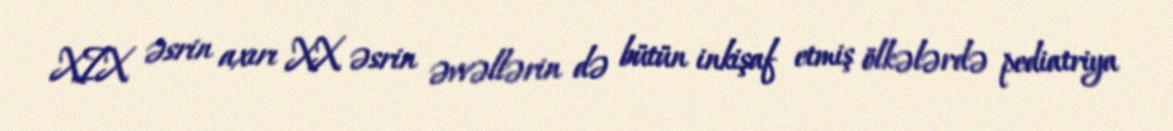
XIX əsrin axırı XX əsrin əvvəllərin də bütün inkişaf etmiş ölkələrdə pediatriya